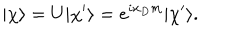
LaTeX: | { \chi } \rangle = U | \chi ^ { \prime } \rangle = e ^ { i x _ { D } m } | \chi ^ { \prime } \rangle .